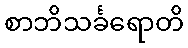
စာဘိသင်္ခရောတိ